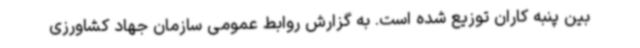
بین پنبه کاران توزیع شده است. به گزارش روابط عمومی سازمان جهاد کشاورزی